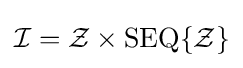
{\mathcal {I}}={\mathcal {Z}}\times \operatorname {SEQ} \{{\mathcal {Z}}\}